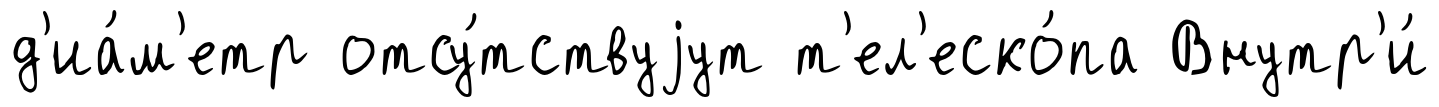
д'иа́м'етр отсу́тствуjут т'ел'еско́па Внутр'и́